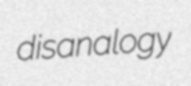
disanalogy